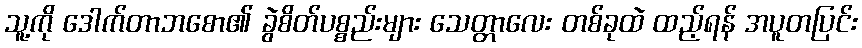
သူ့ကို ဒေါက်တာဘစော၏ ခွဲစိတ်ပစ္စည်းများ သေတ္တာလေး တစ်ခုထဲ ထည့်ရန် အပူတပြင်း